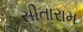
સીતારામ